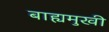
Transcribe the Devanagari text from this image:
बाह्यमुखी